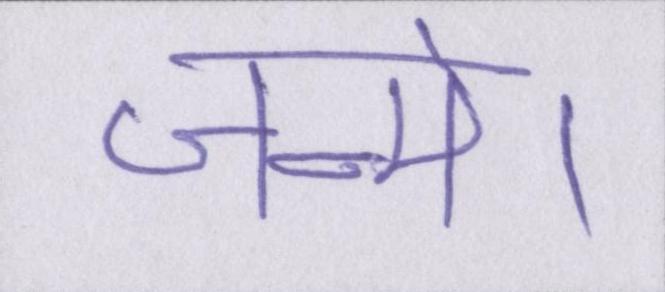
जन्मे।